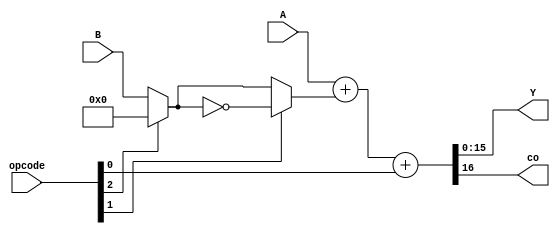
module datapath (A, B, opcode, Y, co);
  input signed [15:0] A, B;
  input [2:0] opcode;
  output signed [15:0] Y;
  output co;

  wire [15:0] output_mux1;
  wire [15:0] output_mux2;

  // MUX 1: Scelta tra 0 e B
  assign output_mux1 = (opcode[2]) ? 16'd0 : B;  

  // MUX 2: Scelta tra l'uscita negata del MUX1 e l'uscita del MUX1
  assign output_mux2 = (opcode[1]) ? ~output_mux1 : output_mux1;

  // ADDER: Se generato il diciassettesimo bit va nella concatenazione in carry-out 
  assign {co,Y} = (A + output_mux2 + opcode[0]);

endmodule